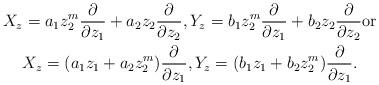
LaTeX: \begin{gather*} X_z=a_1z_2^m\frac{\partial}{\partial z_1}+a_2z_2\frac{\partial}{\partial z_2}, Y_z=b_1z_2^m\frac{\partial}{\partial z_1}+b_2z_2\frac{\partial}{\partial z_2} {\rm or}\\ X_z=(a_1z_1+a_2z_2^m)\frac{\partial}{\partial z_1}, Y_z=(b_1z_1+b_2z_2^m)\frac{\partial}{\partial z_1}. \end{gather*}